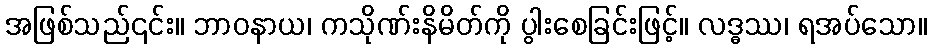
အဖြစ်သည်၎င်း။ ဘာဝနာယ၊ ကသိုဏ်းနိမိတ်ကို ပွါးစေခြင်းဖြင့်။ လဒ္ဓဿ၊ ရအပ်သော။